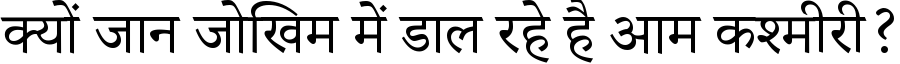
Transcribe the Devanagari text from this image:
क्यों जान जोखिम में डाल रहे है आम कश्मीरी?